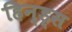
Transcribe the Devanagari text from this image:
हिन्ड्स